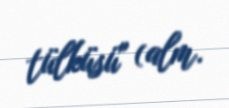
tülküsü" (alm.